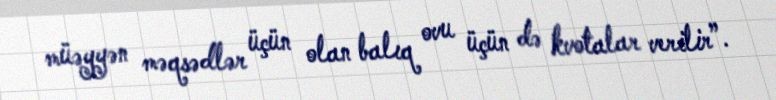
müəyyən məqsədlər üçün olan balıq ovu üçün də kvotalar verilir”.